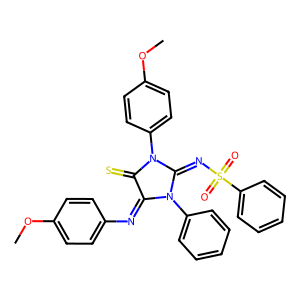
SMILES: COc1ccc(N=C2C(=S)N(c3ccc(OC)cc3)C(=NS(=O)(=O)c3ccccc3)N2c2ccccc2)cc1
Inhibits HIV replication: No